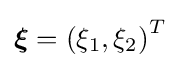
{\boldsymbol {\xi }}=\left(\xi _{1},\xi _{2}\right)^{T}